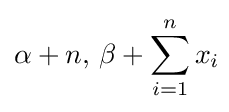
\alpha +n,\,\beta +\sum _{i=1}^{n}x_{i}\!